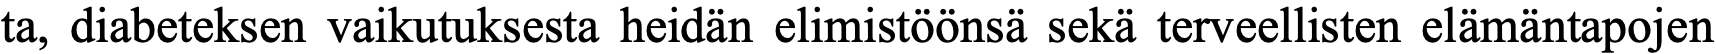
ta, diabeteksen vaikutuksesta heidän elimistöönsä sekä terveellisten elämäntapojen